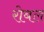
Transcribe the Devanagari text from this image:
रोबल